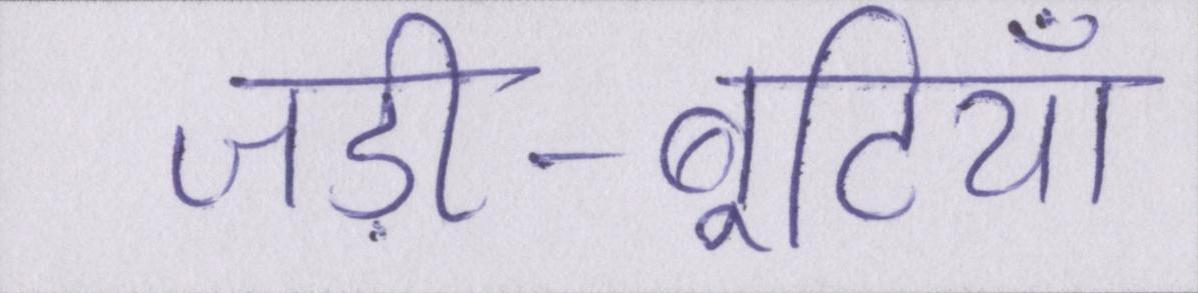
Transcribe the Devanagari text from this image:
जड़ी-बूटियाँ